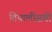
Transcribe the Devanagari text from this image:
तियालीसवी